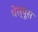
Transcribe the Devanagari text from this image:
थेस्यूस